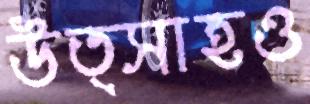
উত্সাহও